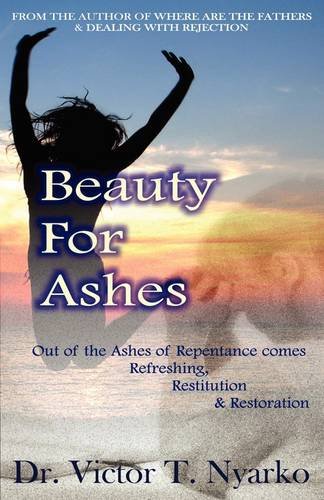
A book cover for Beauty for Ashes; Victor T. Nyarko; Christian Books & Bibles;